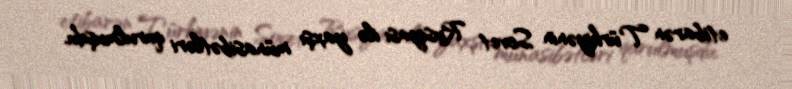
etibarən Türkiyənin Sovet Rusiyası ilə yaxşı münasibətləri qurulmuşdu.